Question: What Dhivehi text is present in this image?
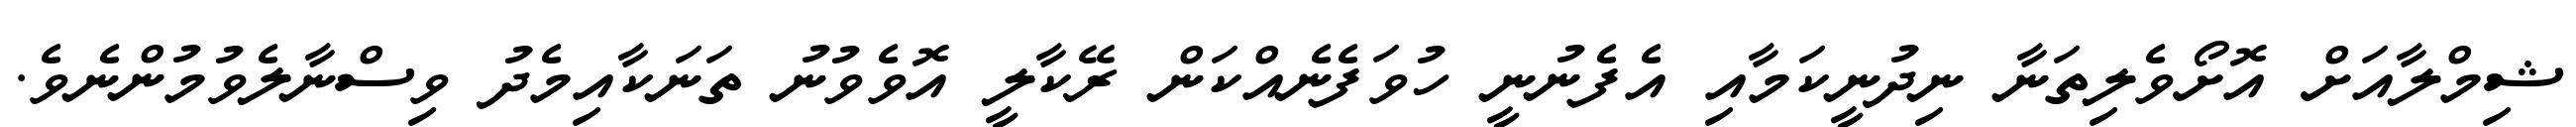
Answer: ޝިމްލާއަށް އޮށޯވެލިތަނާ ނިދުނީކަމާއި އެފެނުނީ ހުވަފެނެއްކަން ރޭކާލީ އޮވެވުނު ތަނަކާއިމެދު ވިސްނާލެވުމުންނެވެ.